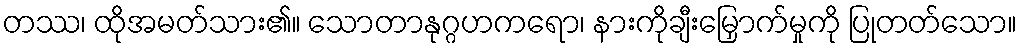
တဿ၊ ထိုအမတ်သား၏။ သောတာနုဂ္ဂဟကရော၊ နားကိုချီးမြှောက်မှုကို ပြုတတ်သော။